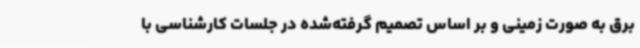
برق به صورت زمینی و بر اساس تصمیم گرفته‌شده در جلسات کارشناسی با